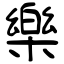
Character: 樂